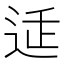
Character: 𲅕